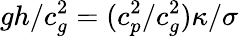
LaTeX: gh/c_{g}^{2}=(c_{p}^{2}/c_{g}^{2})\kappa/\sigma